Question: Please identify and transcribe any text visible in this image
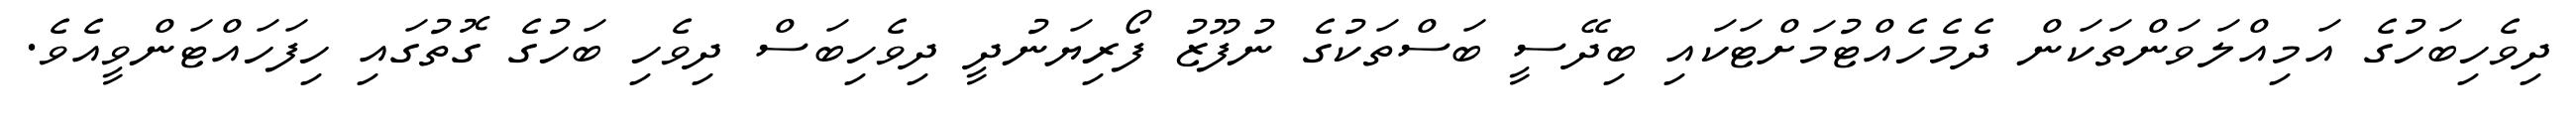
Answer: ދިވެހިބަހުގެ އަމިއްލަވަންތަކަން ދެމެހެއްޓުމަށްޓަކައި ބިދޭސީ ބަސްތަކުގެ ނުފޫޒު ފޯރިޔަނުދީ ދިވެހިބަސް ދިވެހި ބަހުގެ ގޮތުގައި ހިފަހައްޓަންވީއެވެ.